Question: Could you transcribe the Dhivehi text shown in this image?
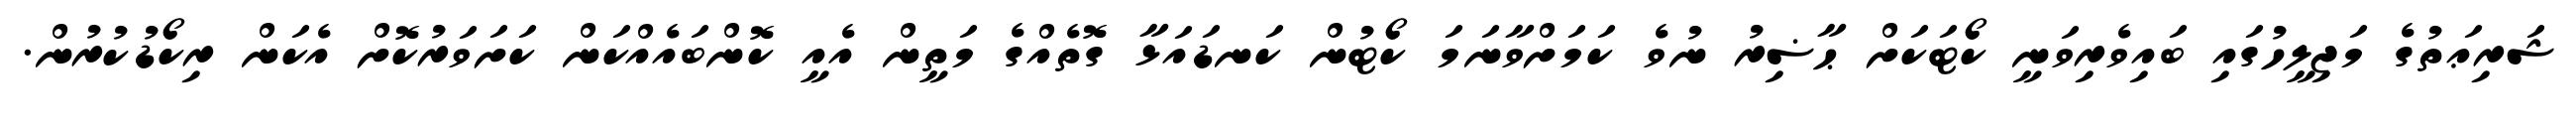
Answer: ޝަރިޢަތުގެ މަޖިލީހުގައި ބައިވެރިވަނީ ކޯޓަކަށް ޙާޟިރު ނުވެ ކަމަށްވާނަމަ ކޯޓުން ކަނޑައަޅާ ގޮތެއްގެ މަތީން އެއީ ކޮންބައެއްކަން ކަށަވަރުކޮށް އެކަން ރިކޯޑުކުރުން.